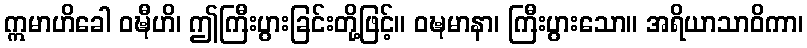
ဣမာဟိခေါ ဝဍ္ဎီဟိ၊ ဤကြီးပွားခြင်းတို့ဖြင့်။ ဝဍ္ဎမာနာ၊ ကြီးပွားသော။ အရိယာသာဝိကာ၊